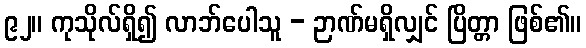
၉၂။ ကုသိုလ်ရှိ၍ လာဘ်ပေါသူ - ဉာဏ်မရှိလျှင် ပြိတ္တာ ဖြစ်၏။